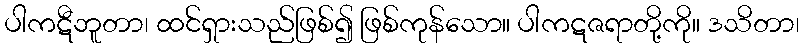
ပါကဋီဘူတာ၊ ထင်ရှားသည်ဖြစ်၍ ဖြစ်ကုန်သော။ ပါကဋဇရာတို့ကို။ ဒသိတာ၊